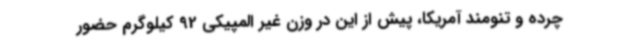
چرده و تنومند آمریکا، پیش از این در وزن غیر المپیکی 92 کیلوگرم حضور